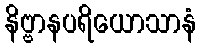
နိဗ္ဗာနပရိယောသာနံ